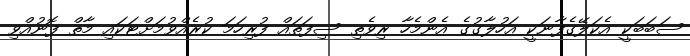
ސަބަބަކީ އެކަލޭގެފާނަކީ އަހުލާގުގެ އެންމެހާ ރިވެތި ސިފަތައް ފުރިހަމަ ކުރެއްވުމަށްޓަކައި މާތް ފޮނުއްވި